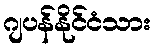
ဂျပန်နိုင်ငံသား